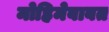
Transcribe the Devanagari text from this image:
मोहिमेबाबत